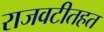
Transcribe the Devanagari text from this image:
राजवटीतहत